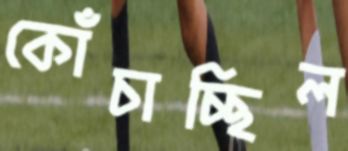
কোঁচাচ্ছিল